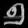
Digit: ၅